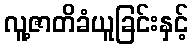
လူ့ဇာတိခံယူခြင်းနှင့်